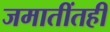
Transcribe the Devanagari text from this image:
जमातींतही